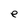
Character: e